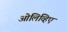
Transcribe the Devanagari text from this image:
ओलिव्हिए